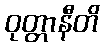
ဝုတ္တာနီတိ